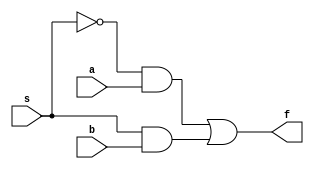
module mux2to1_gate(a,b,s,f);
	input a,b,s;
	output f;
	wire nots, c, d;
	not n1(nots, s);
	and a1(c, nots, a);
	and a2(d, s, b);
	or o1(f, c, d);
endmodule